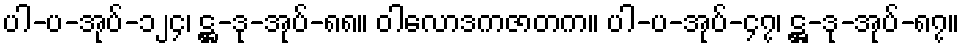
ပါ-ပ-အုပ်-၁၂၄၊ ဋ္ဌ-ဒု-အုပ်-၈၈။ ဝါလောဒကဇာတက။ ပါ-ပ-အုပ်-၄၇၊ ဋ္ဌ-ဒု-အုပ်-၈၇။